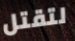
لتقتل